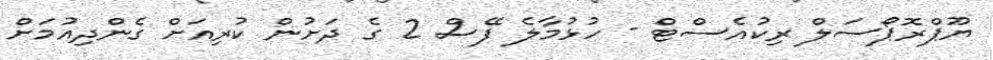
ޔޫޕްރޮޕޯސަލް ރިކުއެސްޓް - ހުޅުމާލެ ފޭސް 2 ގެ ދަށުން ކުރިއަށް ގެންދިއުމަށް